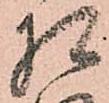
相